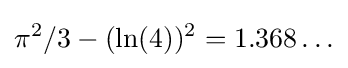
\pi ^{2}/3-(\ln(4))^{2}=1.368\ldots